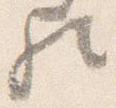
歟